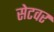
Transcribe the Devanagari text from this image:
सेटवर